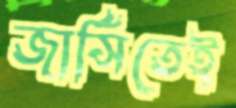
জার্সিতেই